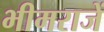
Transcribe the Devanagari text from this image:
भीमराजें